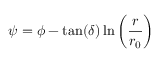
\psi = \phi - \tan ( \delta ) \ln \left( \frac { r } { r _ { 0 } } \right)